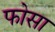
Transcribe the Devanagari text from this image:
फोसा